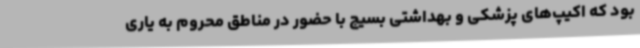
بود که اکیپ‌های پزشکی و بهداشتی بسیج با حضور در مناطق محروم به یاری